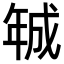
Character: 𢧚